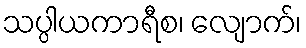
သပ္ပါယကာရီစ၊ လျောက်၊